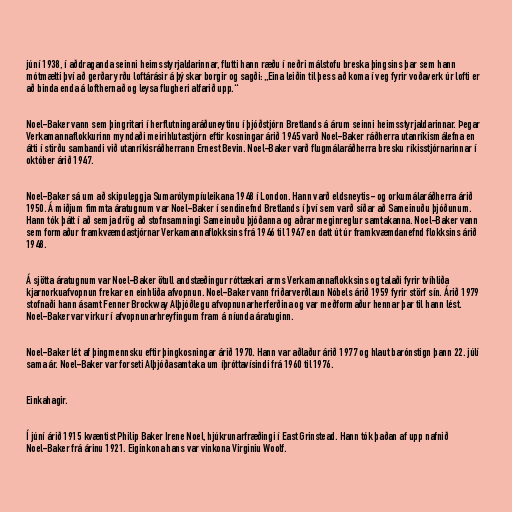
júní 1938, í aðdraganda seinni heimsstyrjaldarinnar, flutti hann ræðu í neðri málstofu breska þingsins þar sem hann
mótmælti því að gerðar yrðu loftárásir á þýskar borgir og sagði: „Eina leiðin til þess að koma í veg fyrir voðaverk úr lofti er
að binda enda á lofthernað og leysa flugheri alfarið upp.“

Noel-Baker vann sem þingritari í herflutningaráðuneytinu í þjóðstjórn Bretlands á árum seinni heimsstyrjaldarinnar. Þegar
Verkamannaflokkurinn myndaði meirihlutastjórn eftir kosningar árið 1945 varð Noel-Baker ráðherra utanríkismálefna en
átti í stirðu sambandi við utanríkisráðherrann Ernest Bevin. Noel-Baker varð flugmálaráðherra bresku ríkisstjórnarinnar í
október árið 1947.

Noel-Baker sá um að skipuleggja Sumarólympíuleikana 1948 í London. Hann varð eldsneytis- og orkumálaráðherra árið
1950. Á miðjum fimmta áratugnum var Noel-Baker í sendinefnd Bretlands í því sem varð síðar að Sameinuðu þjóðunum.
Hann tók þátt í að semja drög að stofnsamningi Sameinuðu þjóðanna og aðrar meginreglur samtakanna. Noel-Baker vann
sem formaður framkvæmdastjórnar Verkamannaflokksins frá 1946 til 1947 en datt út úr framkvæmdanefnd flokksins árið
1948.

Á sjötta áratugnum var Noel-Baker ötull andstæðingur róttækari arms Verkamannaflokksins og talaði fyrir tvíhliða
kjarnorkuafvopnun frekar en einhliða afvopnun. Noel-Baker vann friðarverðlaun Nóbels árið 1959 fyrir störf sín. Árið 1979
stofnaði hann ásamt Fenner Brockway Alþjóðlegu afvopnunarherferðina og var meðformaður hennar þar til hann lést.
Noel-Baker var virkur í afvopnunarhreyfingum fram á níunda áratuginn.

Noel-Baker lét af þingmennsku eftir þingkosningar árið 1970. Hann var aðlaður árið 1977 og hlaut barónstign þann 22. júlí
sama ár. Noel-Baker var forseti Alþjóðasamtaka um íþróttavísindi frá 1960 til 1976.

Einkahagir.

Í júní árið 1915 kvæntist Philip Baker Irene Noel, hjúkrunarfræðingi í East Grinstead. Hann tók þaðan af upp nafnið
Noel-Baker frá árinu 1921. Eiginkona hans var vinkona Virginiu Woolf.